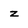
Character: z